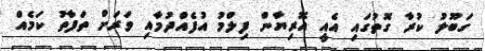
ގަބޫލު ކުރާ ގޮތުގައި އެއީ އޮރިޔާން ފިލްމު އުފެއްދުމާއި ވަރަށް ތަފާތު ކަމެއް